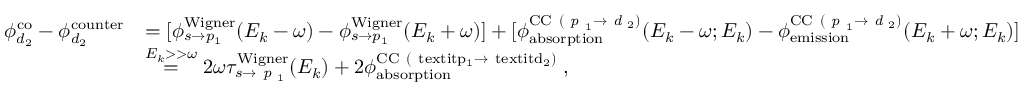
\begin{array} { r l } { \phi _ { d _ { 2 } } ^ { \mathrm { { c o } } } - \phi _ { d _ { 2 } } ^ { \mathrm { c o u n t e r } } } & { = [ \phi _ { s \rightarrow p _ { 1 } } ^ { \mathrm { { W i g n e r } } } ( E _ { k } - \omega ) - \phi _ { s \rightarrow p _ { 1 } } ^ { \mathrm { W i g n e r } } ( E _ { k } + \omega ) ] + [ \phi _ { \mathrm { { a b s o r p t i o n } } } ^ { \mathrm { C C } ~ ( \textit { p } _ { 1 } \rightarrow \textit { d } _ { 2 } ) } ( E _ { k } - \omega ; E _ { k } ) - \phi _ { \mathrm { { e m i s s i o n } } } ^ { \mathrm { C C } ~ ( \textit { p } _ { 1 } \rightarrow \textit { d } _ { 2 } ) } ( E _ { k } + \omega ; E _ { k } ) ] } \\ & { \overset { E _ { k } > > \omega } { = } 2 \omega \tau _ { s \rightarrow \textit { p } _ { 1 } } ^ { \mathrm { { W i g n e r } } } ( E _ { k } ) + 2 \phi _ { \mathrm { a b s o r p t i o n } } ^ { \mathrm { { C C } ~ ( \ t e x t i t { p } _ { 1 } \rightarrow \ t e x t i t { d } _ { 2 } ) } } \; , } \end{array}